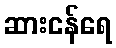
ဆားငန်ရေ